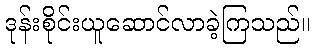
ဒုန်းစိုင်းယူဆောင်လာခဲ့ကြသည်။